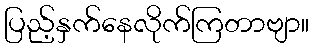
ပြည့်နှက်နေလိုက်ကြတာဗျာ။